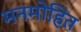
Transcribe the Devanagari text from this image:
मनमोहित